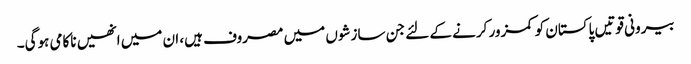
بیرونی قوتیں پاکستان کو کمزور کرنے کے لئے جن سازشوں میں مصروف ہیں، ان میں انھیں ناکامی ہوگی۔